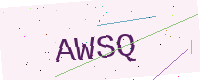
Text: AWSQ